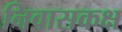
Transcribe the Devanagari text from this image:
निवासकक्ष